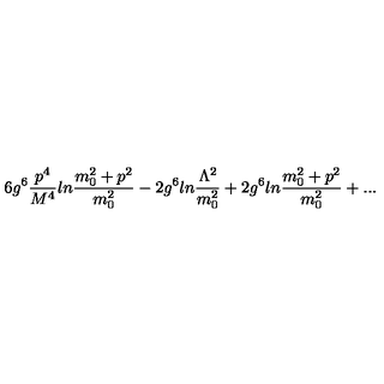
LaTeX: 6 g ^ { 6 } { \frac { p ^ { 4 } } { M ^ { 4 } } } l n { \frac { m _ { 0 } ^ { 2 } + p ^ { 2 } } { m _ { 0 } ^ { 2 } } } - 2 g ^ { 6 } l n { \frac { \Lambda ^ { 2 } } { m _ { 0 } ^ { 2 } } } + 2 g ^ { 6 } l n { \frac { m _ { 0 } ^ { 2 } + p ^ { 2 } } { m _ { 0 } ^ { 2 } } } + . . .